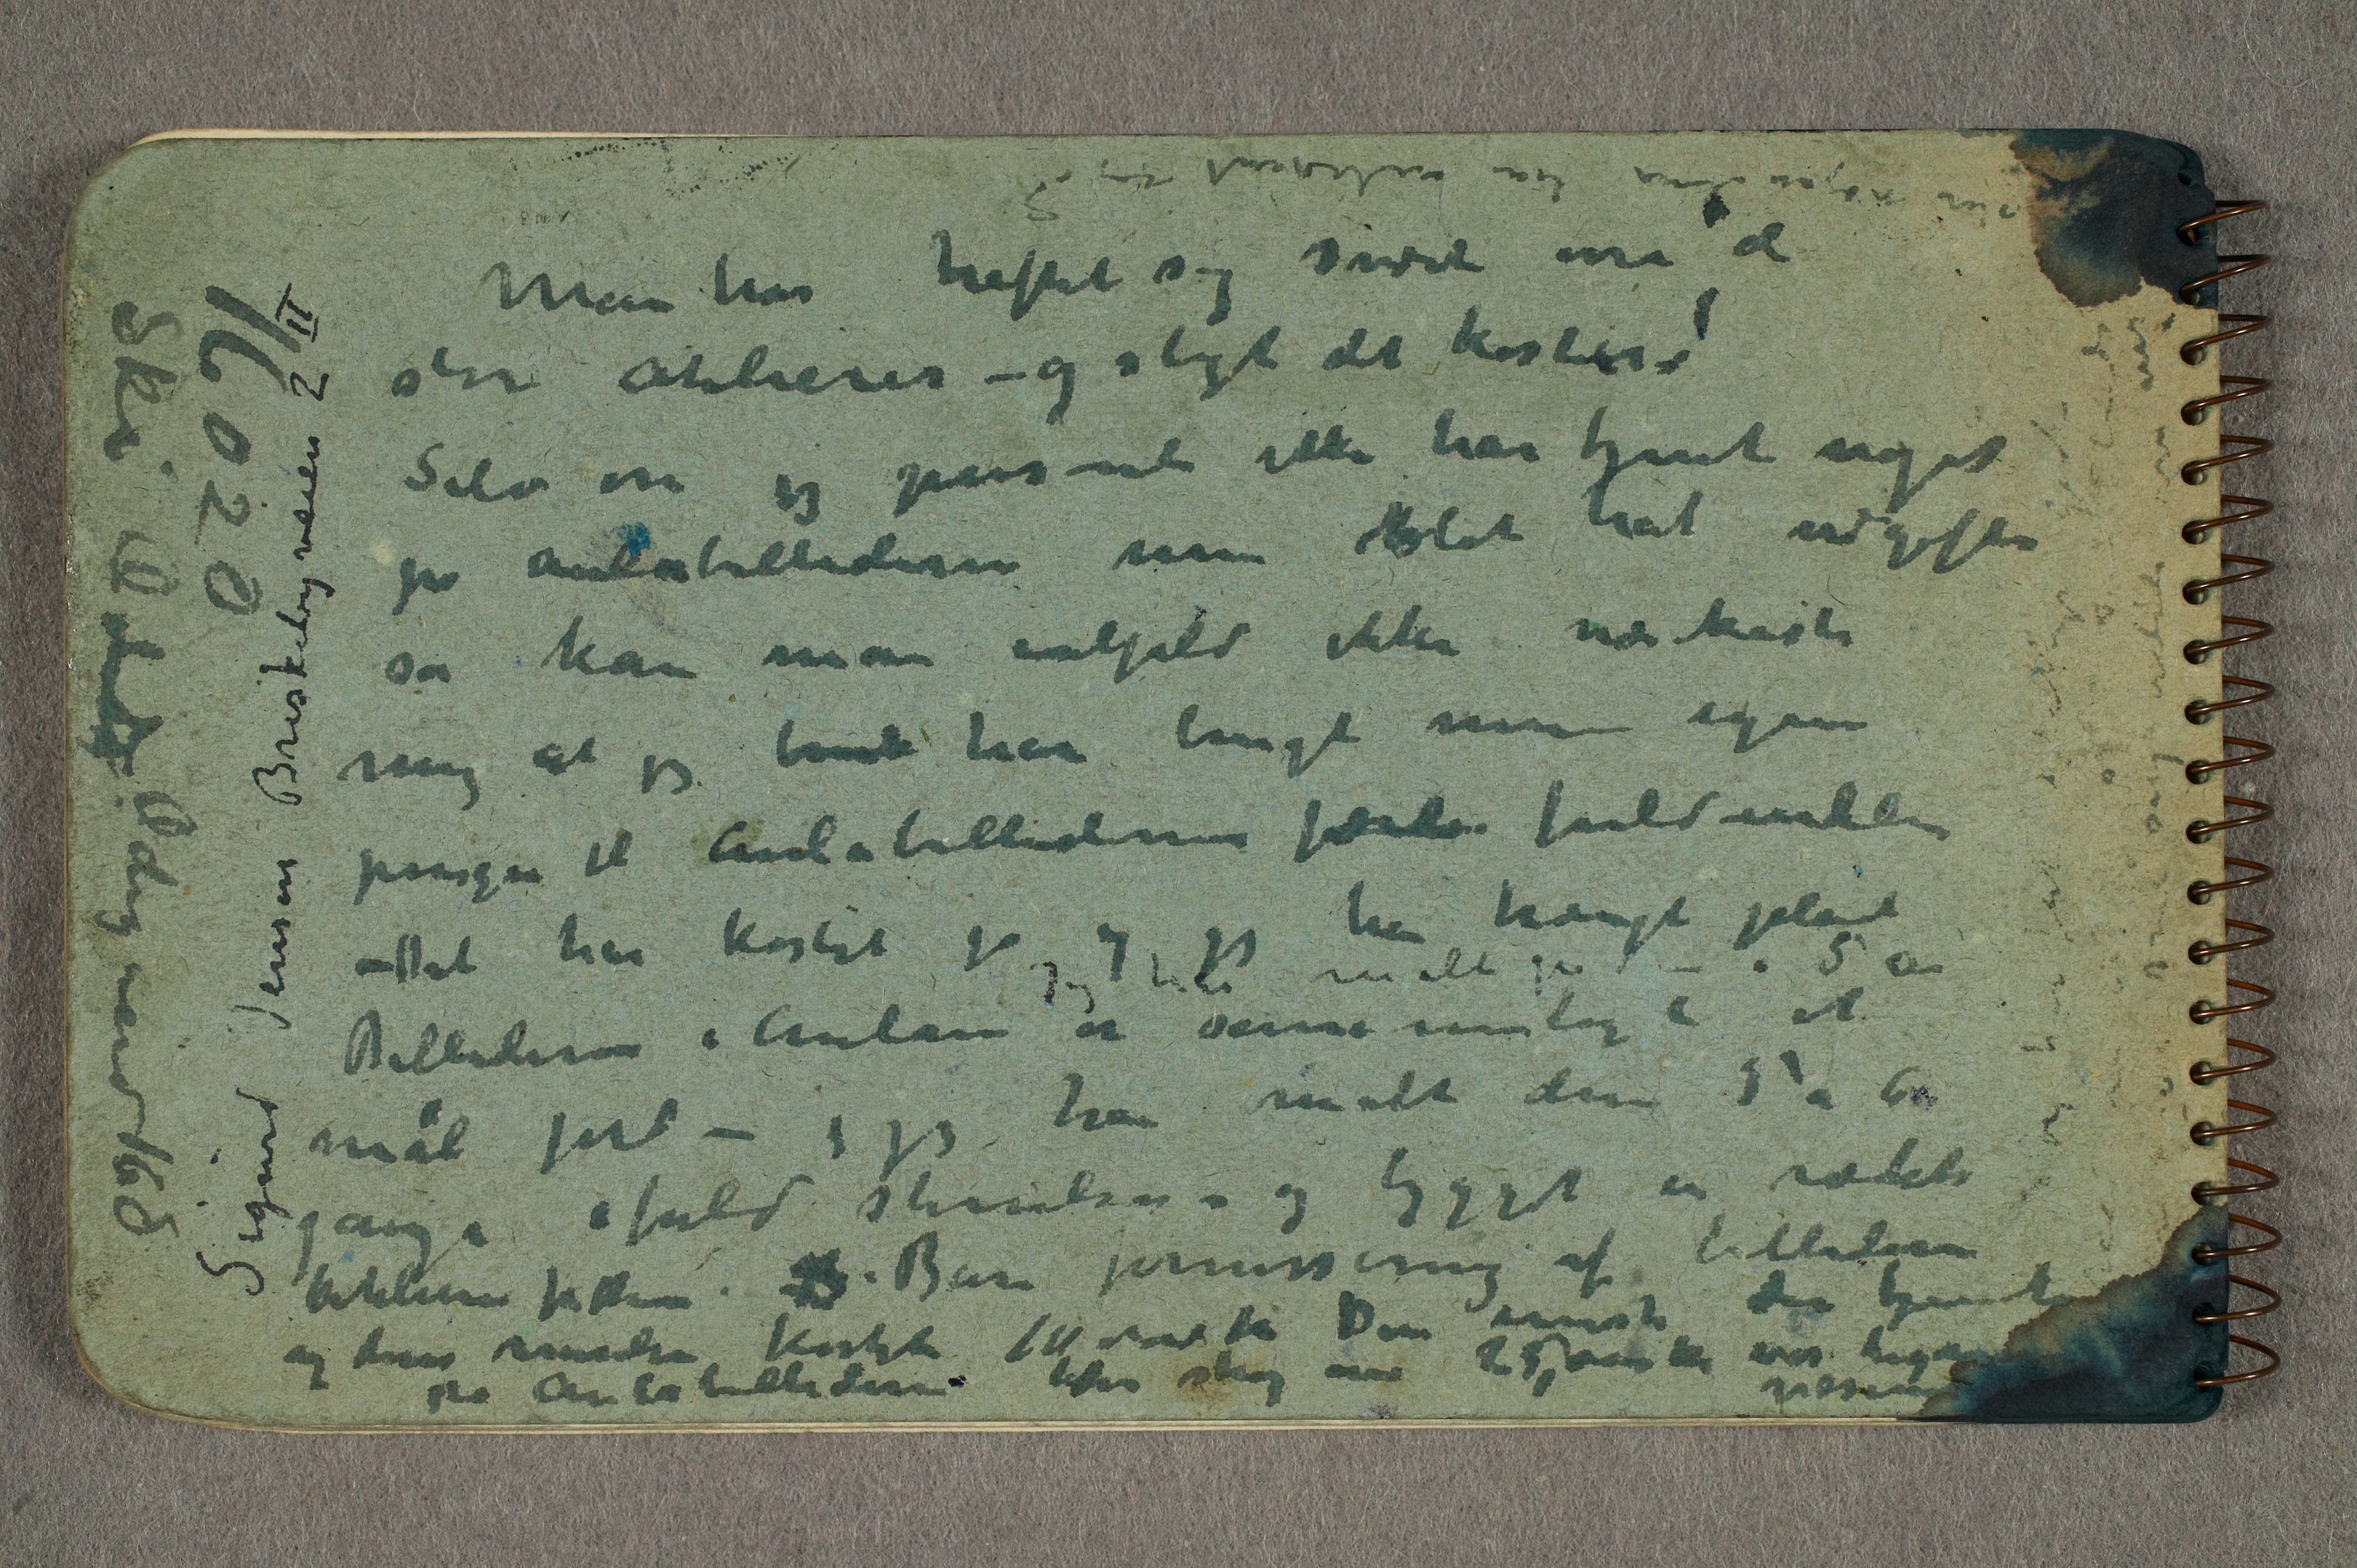
Man har hæftet sig svært over de
store atelierer – og sligt det koster!
Selv om jeg personli ikke har tjent noget
på aulabillederne men blot hat udgifter
så kan man ialfald ikke udkaste
mig at jeg havde har brugt mine egne
penger til Aulabilledernes færdi fuldendelse
– Det har kostet på og jeg har trængt plads
Billederne i Aulaen er sammenlagt et
mål jord – ... jeg har malt dem 5 a 6
gange i fuld størrelse – og bygget en række
atelierer for dem – B Bare fernissering av billederne
og deres renselse kostet 10 000 kr Den eneste der tjente
på Aulabilledene ... ... ... 25,000 kr var lign
væsen

16020
Ski Ødd Ødegaard 160

Sigurd Jensen Briskebyveien 2II